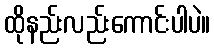
ထိုနည်းလည်းကောင်းပါပဲ။